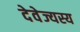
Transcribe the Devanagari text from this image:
देवेज्यस्य